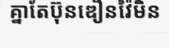
គ្នាតែប៊ុនឌឿនវ៉ៃមិន